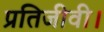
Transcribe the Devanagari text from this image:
प्रतिजीवी।